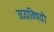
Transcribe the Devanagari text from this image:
उदयाविषयी